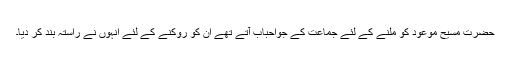
حضرت مسیح موعودؑ کو ملنے کے لئے جماعت کے جواحباب آتے تھے ان کو روکنے کے لئے انہوں نے راستہ بند کر دیا۔